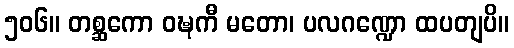
၅၀၆။ တစ္ဆကော ဝဍ္ဎကီ မတော၊ ပလဂဏ္ဍော ထပတျပိ။